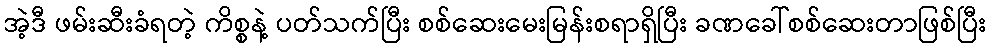
အဲ့ဒီ ဖမ်းဆီးခံရတဲ့ ကိစ္စနဲ့ ပတ်သက်ပြီး စစ်ဆေးမေးမြန်းစရာရှိပြီး ခဏခေါ်စစ်ဆေးတာဖြစ်ပြီး